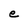
Character: e